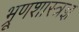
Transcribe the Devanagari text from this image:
भ्रूणशास्त्रज्ञ